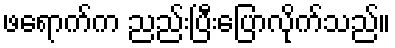
ဖရောက်က ညည်းပြီးပြောလိုက်သည်။